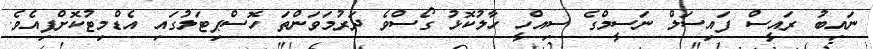
ނައިބު ރައީސް ފައިސަލް ނަސީމްގެ ސިއްހީ ހާލުކޮޅު ގޯސްވެ ދަރުމަވަންތަ ހޮސްޕިޓަލުގައި އެޑްމިޓުކޮށްފިއެވެ.